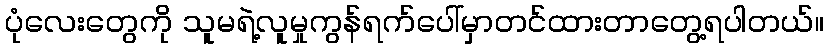
ပုံလေးတွေကို သူမရဲ့လူမှုကွန်ရက်ပေါ်မှာတင်ထားတာတွေ့ရပါတယ်။